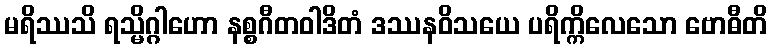
မရိဿသိ ရသ္မိဂ္ဂါဟော နစ္စဂီတဝါဒိတံ ဒဿနဝိသယေ ပရိက္ကိလေသော ဗောဓီတိ